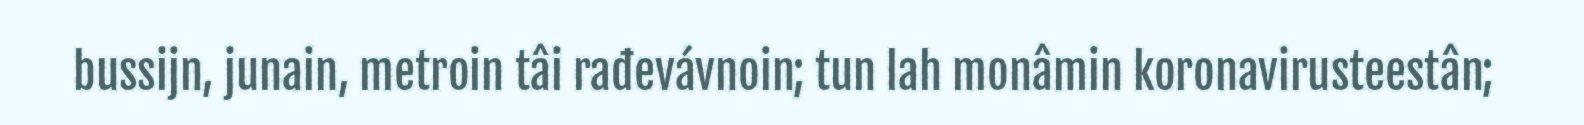
bussijn, junain, metroin tâi rađevávnoin; tun lah monâmin koronavirusteestân;